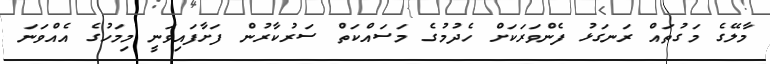
މާލޭގެ މަގުތައް ރަނގަޅު ފެންވަރަކަށް ހެދުމުގެ މަސައްކަތް ސަރުކާރުން ފަށާފައިވަނީ މިމަހުގެ އެއްވަނަ